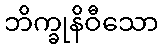
ဘိက္ခုနိဝီသော